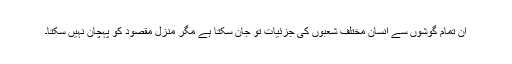
ان تمام گوشوں سے انسان مختلف شعبوں کی جزئیات تو جان سکتا ہے مگر منزلِ مقصود کو پہچان نہیں سکتا۔